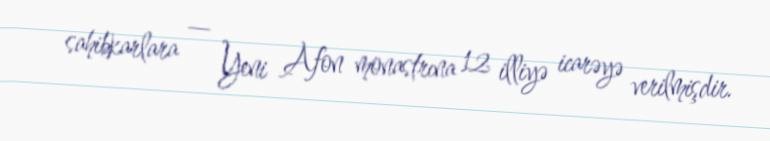
sahibkarlara — Yeni Afon monastrına 12 illiyə icarəyə verilmişdir.